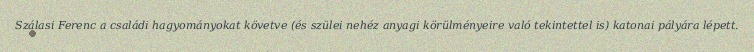
Szálasi Ferenc a családi hagyományokat követve (és szülei nehéz anyagi körülményeire való tekintettel is) katonai pályára lépett.